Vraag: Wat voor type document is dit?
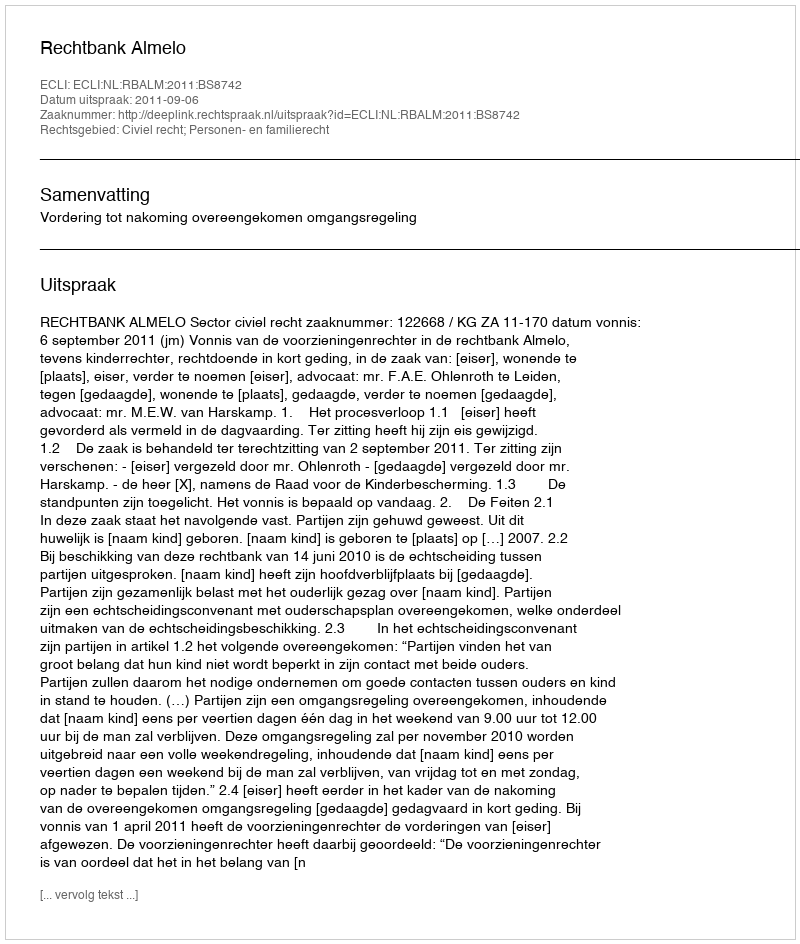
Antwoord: Uitspraak